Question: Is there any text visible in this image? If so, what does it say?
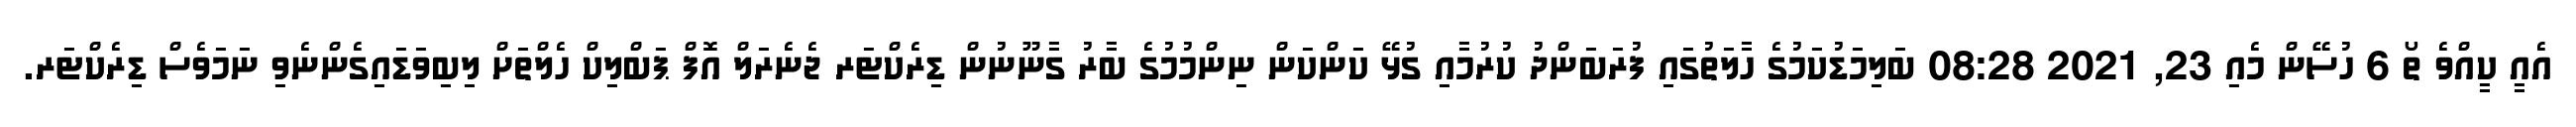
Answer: އެއީ ކީއްވެ ތޯ 6 ހުސޭން މެއި 23, 2021 08:28 ބަލިމަޑުކަމުގެ ހާލަތުގައި ފުރަބަންދު ކުރުމާއި ގުޅޭ ކަންކަން ނިންމުމުގެ ބާރު ގާނޫނުން ޑިރެކްޓަރ ޖެނެރަލް އޮފް ޕަބްލިކް ހެލްތަށް ލިބިވަޑައިގެންނެވި ނަމަވެސް ޑިރެކްޓަރ.